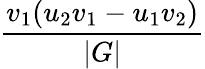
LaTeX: \frac{v_{1}(u_{2}v_{1}-u_{1}v_{2})}{|G|}